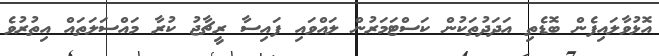
އޮޅުވާލައިފެން ބޮޑެތި އަދަދުތަކުން ކަސްޓަމަރުން ލައްވައި ފައިސާ ރީޗާޖު ކުރާ މައްސަލަތައް އިތުރުވެ